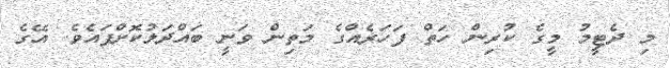
މި ދެޓީމު މީގެ ކުރިން ހަތް ފަހަރެއްގެ މަތިން ވަނީ ބައްދަލުކޮށްފައެވެ. އޭގެ